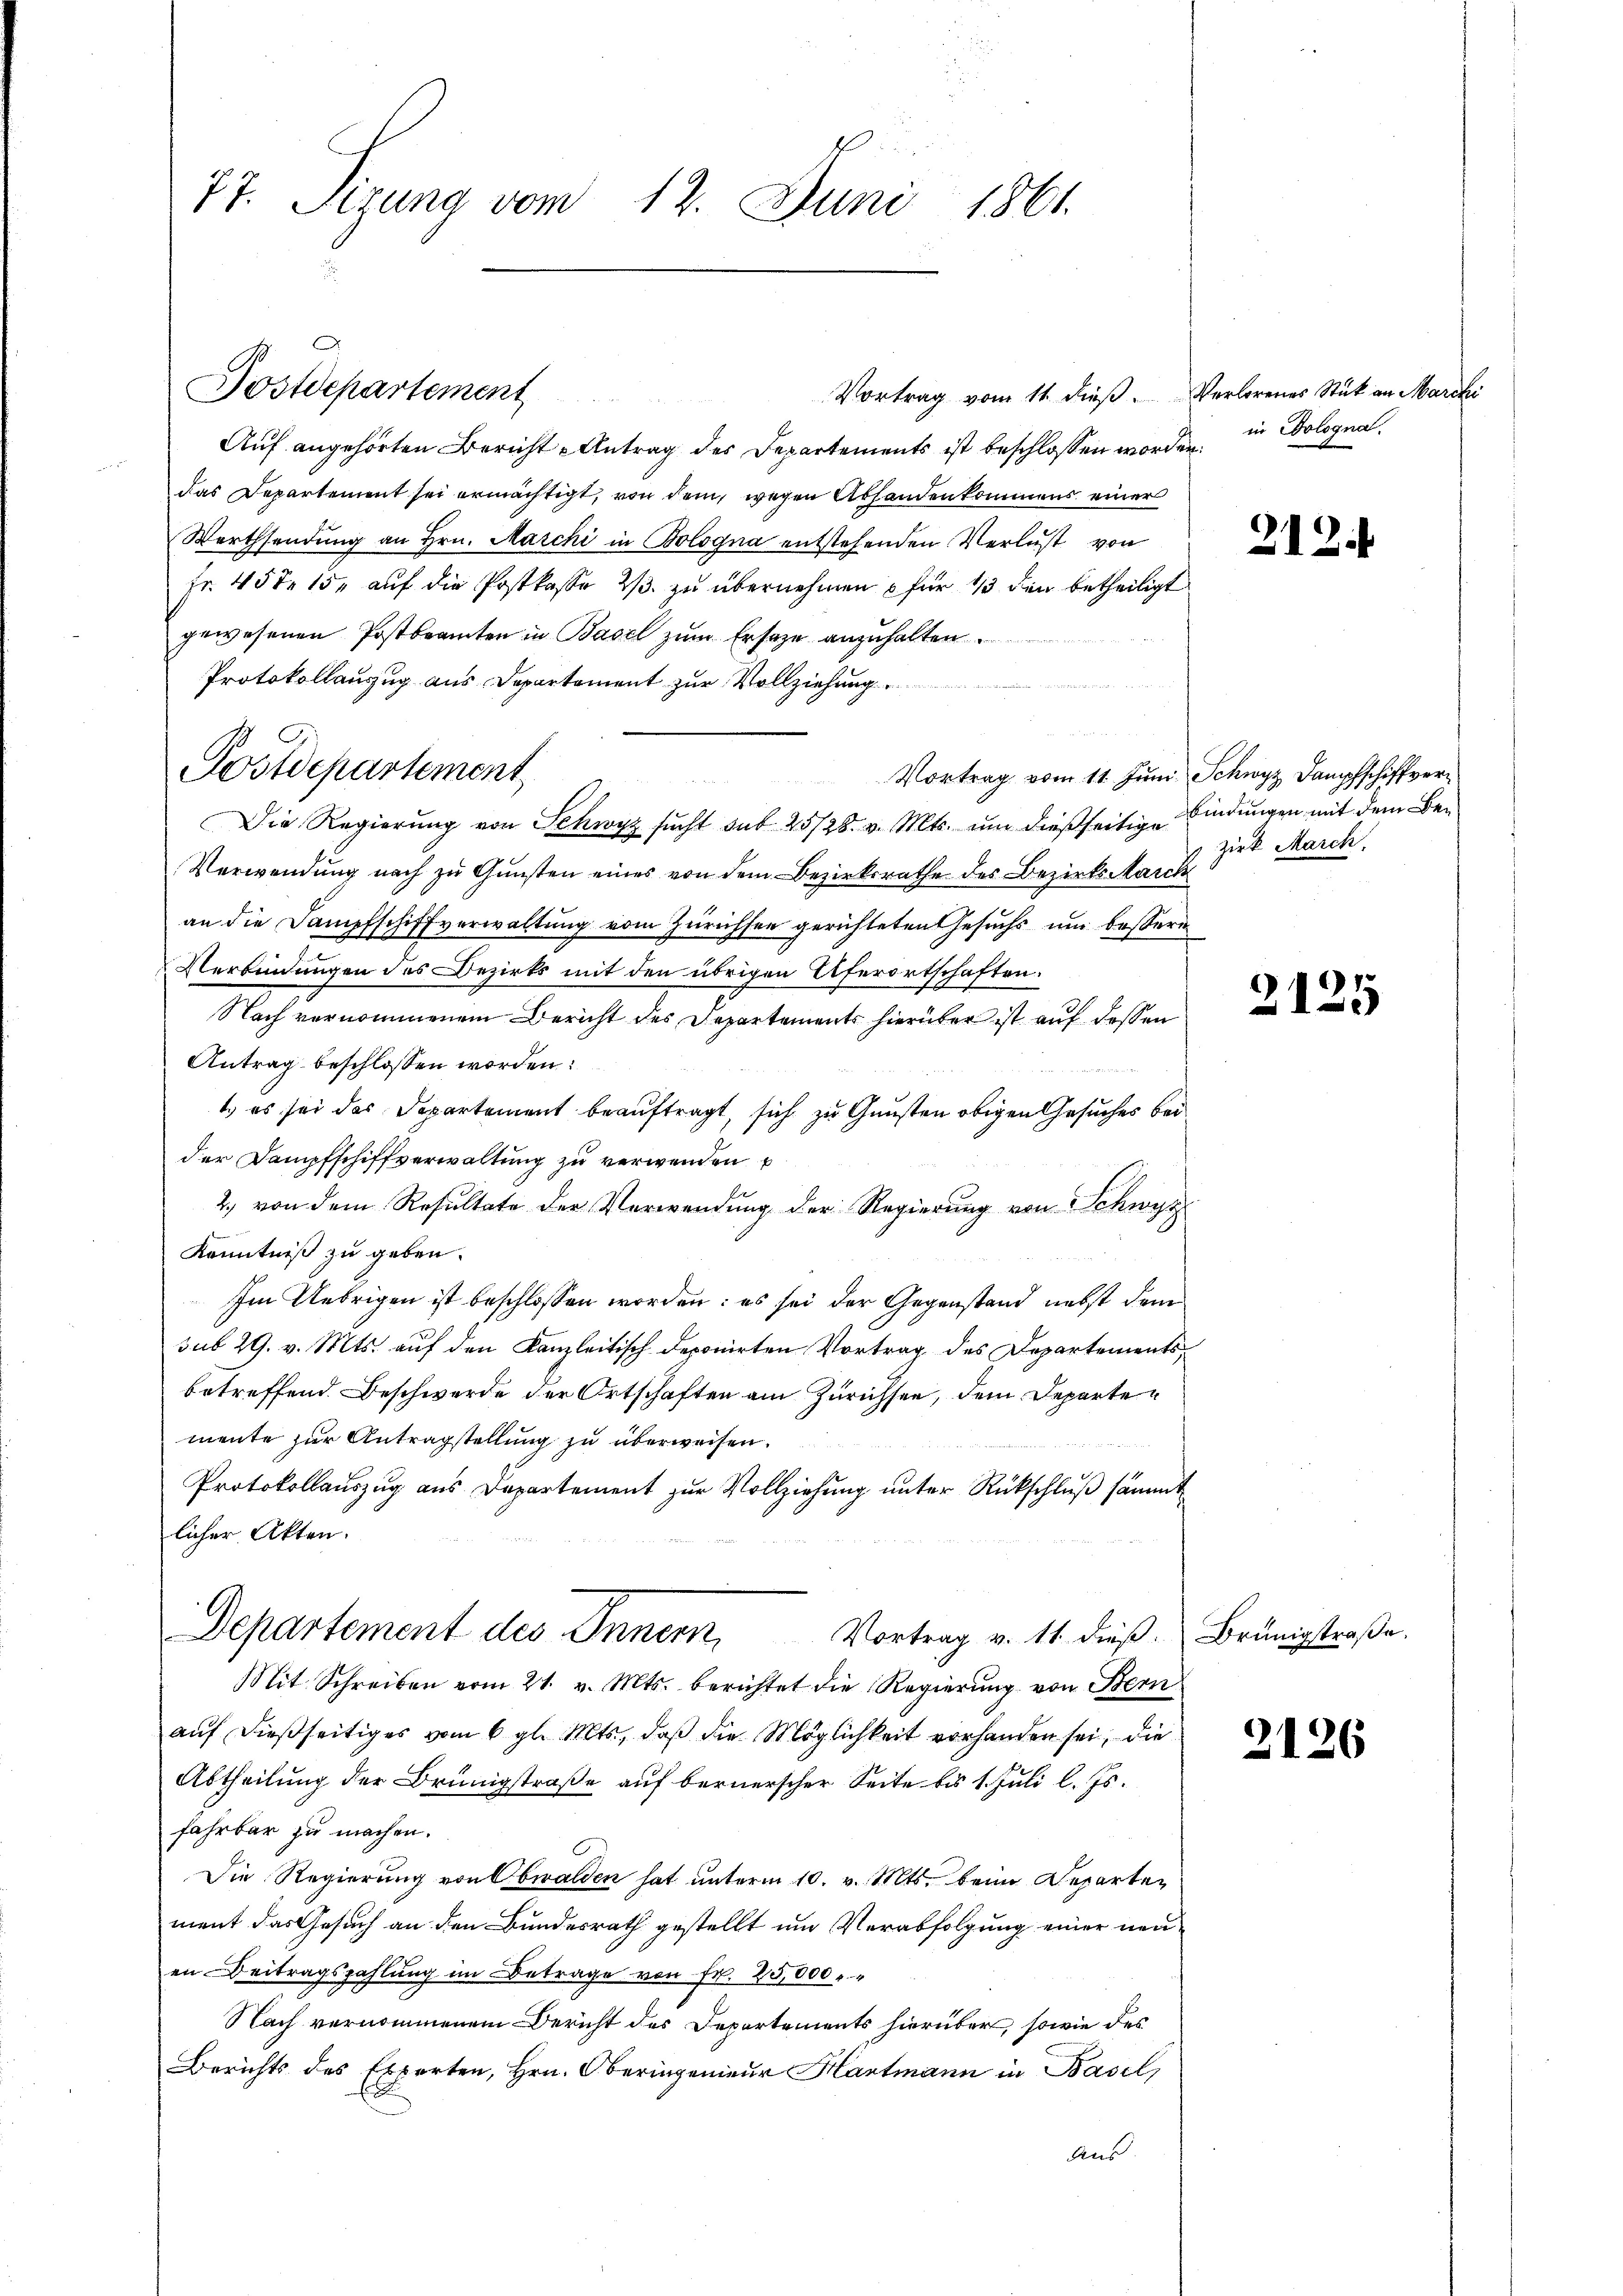
77. Sizung vom 12. Juni 1861.

Vortrag vom 11. dieß. Verlorenes Stück an Marchi
Auf angehörten Bericht Antrag des Departements ist beschlossen worden, in Sologna
das Departement sei ermächtigt, von dem, wegen Abhanden kommens einer
Werthsendŭng an Hrn. Marchi in Bologna entstehenden Verlust von
Fr. 45 f 15. aŭf die Postkasse 2/3. zŭ übernehmen u für 1/3 den betheiligt
gewesenen Postbeamten in Basel zum Ersatze anzuhalten.
Protokollanzug aus Departement zur Vollziehung
Die Regierŭng von Schwyz sŭcht sub 25/28. v. Mts. ŭm dießseitige bindungen mit dem Be¬
Verwendung nach zu Gunsten eines von dem Bezirksrathe des Bezirks Marck
an die Dampfschiffverwaltung vom Zürichsen gerichteten Gesuchs um bessere
Verbindungen des Bezirks mit den übrigen Uferortschaften.
Nach vernommenem Bericht des Departements hierüber ist auf dessen
Antrag beschlossen worden:
1.) es sei das Departement beauftragt, sich zu Gunsten obigen Gesuches beider Dampfschiffverwaltung zu verwenden
2. von dem Resultate der Verwendung der Regierung von Schwyz
Kenntniß zu geben.
Im Uebrigen ist beschlossen worden: es sei der Gegenstand nebst dem
sub 29. v. Mts. auf den Kanzleitisch deponirten Vortrag des Departementsbetreffend Beschwerde der Ortschaften am Zürichsen, dem Departen
mente zur Antragstellung zu überweisen.
Protokollauszug aus Departement zur Vollziehung unter Rückschluß sämmt
licher Akten.
Departement des Innern,
Vortrag v. 11. dieβ. Brünigstraβe.
Mit Schreiben vom 21. v. Mts. berichtet die Regierung von Bern
auf dießseitiges vom 6. gl. Mts., daß die Möglichkeit vorhanden sei, die
Abtheilung der Brünigstraße auf bernerscher Seite bis 1. Juli l. Js.
fahrbar zu machen.
Die Regierung von Obwalden hat unterm 10. v. Mts. beim Departen
ment das Gesuch an den Bundesrath gestellt um Verabfolgung einer neuen Beitragszahlung im Betrage von Fr. 25,000.
Nach vernommenem Bericht des Departements hierüber, sowie des
Berichts des Experten, Hrn. Oberingenieur Hartmann in Basel,
Aus.

Postdepartement

Postdepartement

212.

Vortrag vom 11. Juni Schwyz Dampfschiffverzirk March.

2125

2126